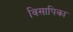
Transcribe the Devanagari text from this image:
विसापिका